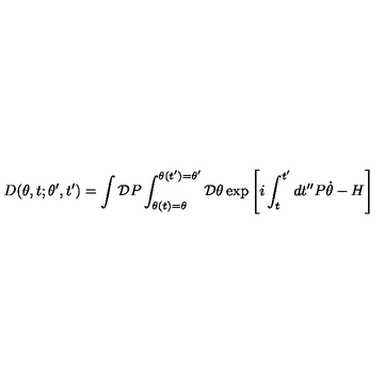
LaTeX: D ( \theta , t ; \theta ^ { \prime } , t ^ { \prime } ) = \int { \cal D } P \int _ { \theta ( t ) = \theta } ^ { \theta ( t ^ { \prime } ) = \theta ^ { \prime } } { \cal D } \theta \exp \left[ i \int _ { t } ^ { t ^ { \prime } } d t ^ { \prime \prime } P \dot { \theta } - H \right]